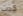
كدت